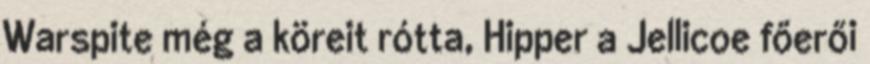
Warspite még a köreit rótta, Hipper a Jellicoe főerői